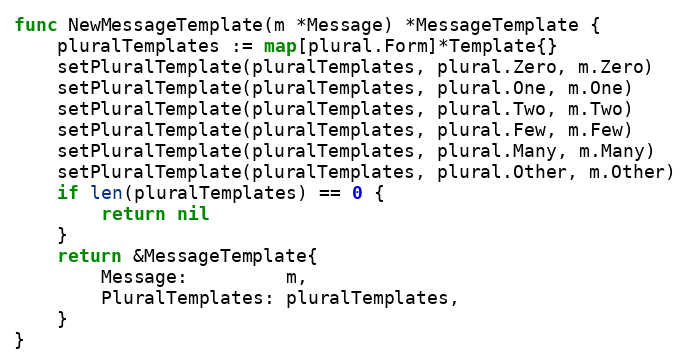
Language: Go
func NewMessageTemplate(m *Message) *MessageTemplate {
	pluralTemplates := map[plural.Form]*Template{}
	setPluralTemplate(pluralTemplates, plural.Zero, m.Zero)
	setPluralTemplate(pluralTemplates, plural.One, m.One)
	setPluralTemplate(pluralTemplates, plural.Two, m.Two)
	setPluralTemplate(pluralTemplates, plural.Few, m.Few)
	setPluralTemplate(pluralTemplates, plural.Many, m.Many)
	setPluralTemplate(pluralTemplates, plural.Other, m.Other)
	if len(pluralTemplates) == 0 {
		return nil
	}
	return &MessageTemplate{
		Message:         m,
		PluralTemplates: pluralTemplates,
	}
}